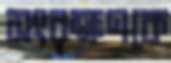
সংরক্ষণকে